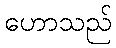
ဟောသည်